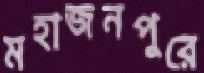
মহাজনপুরে